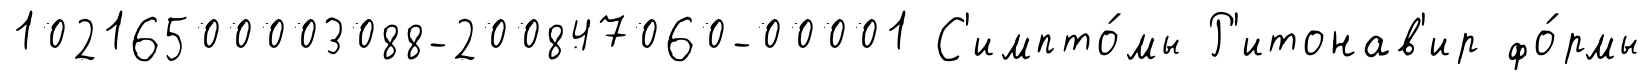
10216500003088-200847060-00001 С'импто́мы Р'итонав'ир фо́рмы